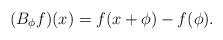
LaTeX: \begin{align*}(B_\phi f)(x) = f(x+\phi) - f(\phi).\end{align*}